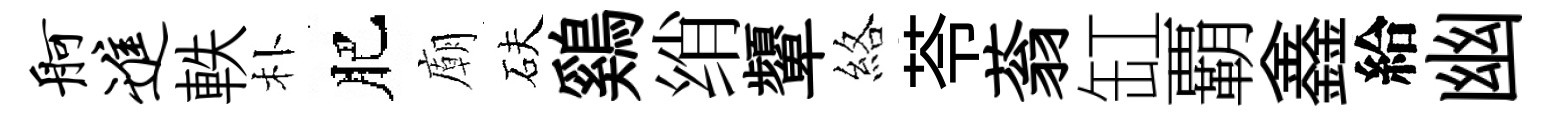
舸进軼朴肥廟砆鷄绡顰絡苓蓊缸覇鑫給幽